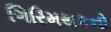
ગિરિમથકનો